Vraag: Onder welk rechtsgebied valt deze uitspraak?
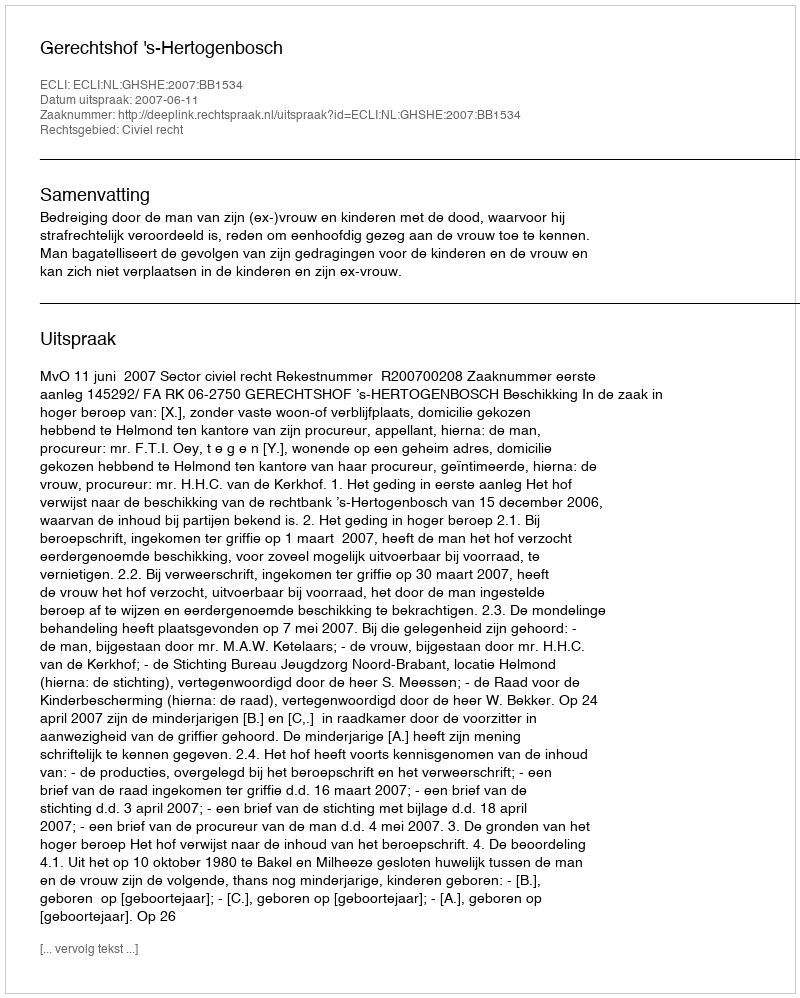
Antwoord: Civiel recht